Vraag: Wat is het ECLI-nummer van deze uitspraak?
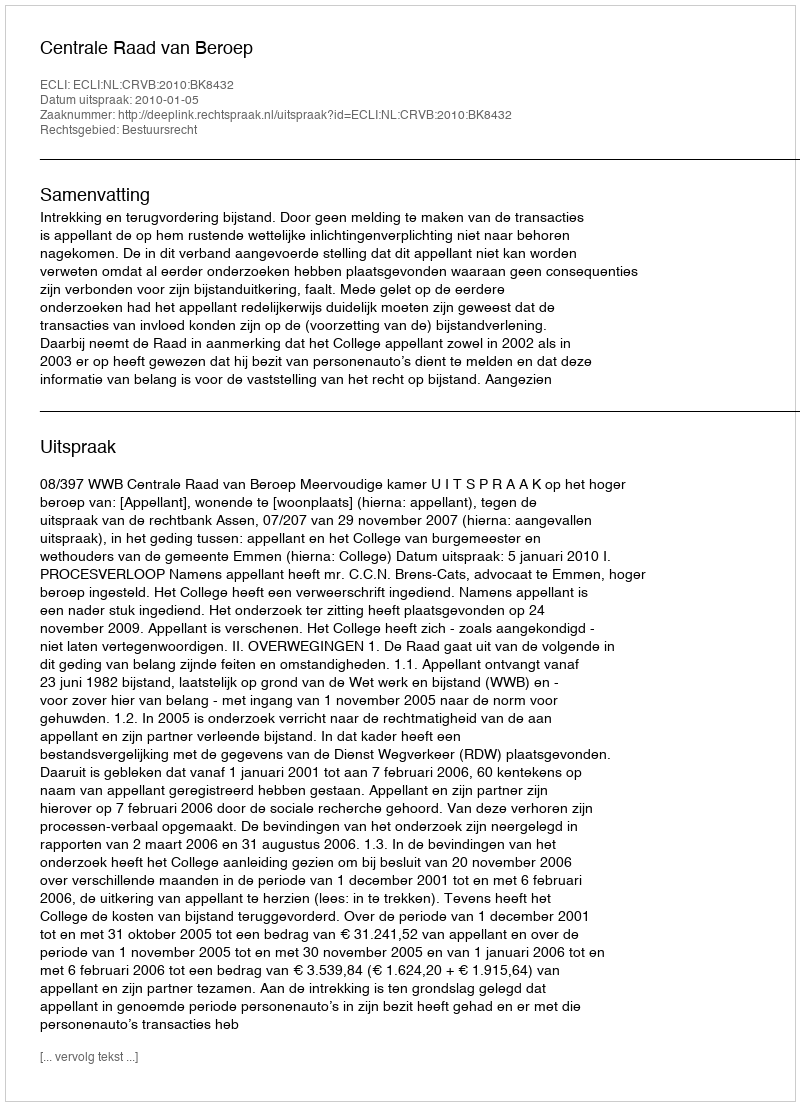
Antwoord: ECLI:NL:CRVB:2010:BK8432